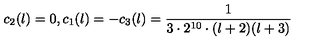
c _ { 2 } ( l ) = 0 , c _ { 1 } ( l ) = - c _ { 3 } ( l ) = { \frac { 1 } { 3 \cdot 2 ^ { 1 0 } \cdot ( l + 2 ) ( l + 3 ) } }